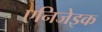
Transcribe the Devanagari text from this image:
एनिजेइक